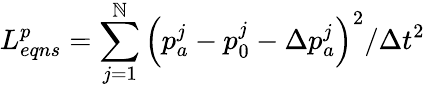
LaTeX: L_{eqns}^{p}=\sum_{j=1}^{\mathbb{N}}{{{\left({{p}_{a}^{j}}-{{p}_{0}^{j}}-\Delta{{p}_{a}^{j}}\right)}^{2}}/\Delta{{t}^{2}}}